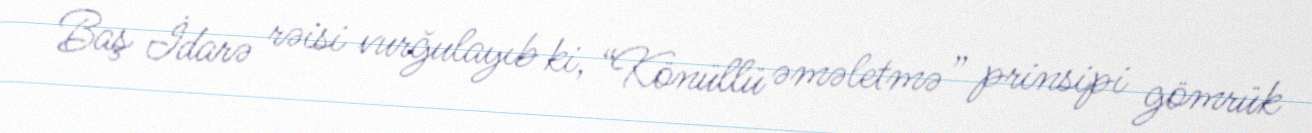
Baş İdarə rəisi vurğulayıb ki, “Könüllü əməletmə” prinsipi gömrük